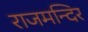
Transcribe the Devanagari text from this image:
राजमन्दिर